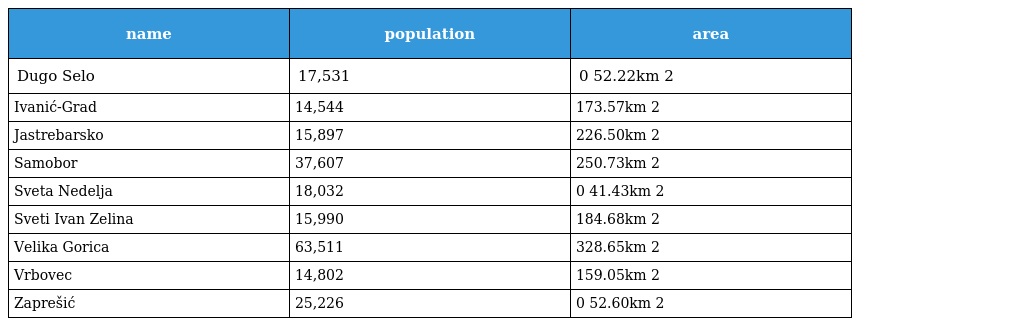
| name | population | area |
 | --- | --- | --- |
 | Dugo Selo | 17,531 | 0 52.22km 2 |
 | Ivanić-Grad | 14,544 | 173.57km 2 |
 | Jastrebarsko | 15,897 | 226.50km 2 |
 | Samobor | 37,607 | 250.73km 2 |
 | Sveta Nedelja | 18,032 | 0 41.43km 2 |
 | Sveti Ivan Zelina | 15,990 | 184.68km 2 |
 | Velika Gorica | 63,511 | 328.65km 2 |
 | Vrbovec | 14,802 | 159.05km 2 |
 | Zaprešić | 25,226 | 0 52.60km 2 |